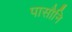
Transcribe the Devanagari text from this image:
पासौनि